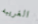
الغريبه